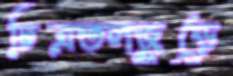
চিত্রতলজুড়ে